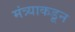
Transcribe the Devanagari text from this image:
मंत्र्याकडून